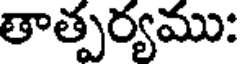
తాత్పర్యము: